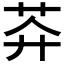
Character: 𱽙